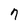
Character: n